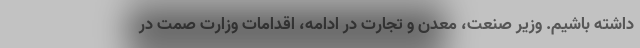
داشته باشیم. وزیر صنعت، معدن و تجارت در ادامه، اقدامات وزارت صمت در